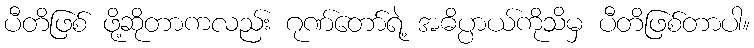
ပီတိဖြစ် ဖို့ဆိုတာကလည်း ဂုဏ်တော်ရဲ့ အဓိပ္ပာယ်ကိုသိမှ ပီတိဖြစ်တာပါ။